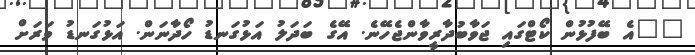
""އެ ބޭފުޅުން ކޯޓްގައި ޖަވާބުދާރީވާންޖެހޭނެ. އޭގެ ބަދަލު އަޅުގަނޑު ހޯދާނަން. އަޅުގަނޑު ވަރަށް